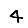
Digit: 4